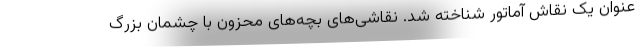
عنوان یک نقاش آماتور شناخته شد. نقاشی‌های بچه‌های محزون با چشمان بزرگ